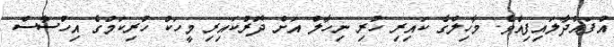
އުފައްދާލައިފިއެވެ. މާހިލްގެ ކައިރި ހުރި ނިހާލް އަށް ދޮރުކައިރި މީހަކު ހުރިކަމުގެ އިހުސާސް